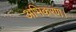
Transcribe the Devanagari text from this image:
अभिकरण।